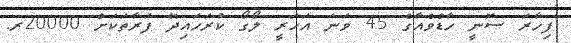
ފިހާރަ ސޮނީ ހާޑްވެއާގެ 45 ވަނަ އަހަރީ ލޯގޯ ކުރަހައިދޭ ފަރާތަކަށް 20000ރ.